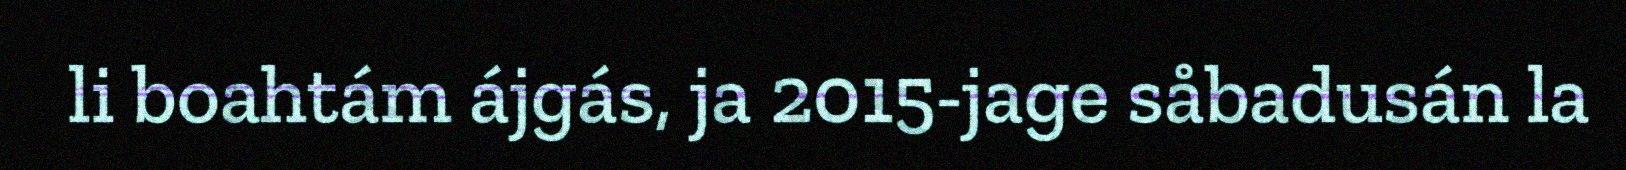
li boahtám ájgás, ja 2015-jage såbadusán la